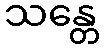
သန္တေ